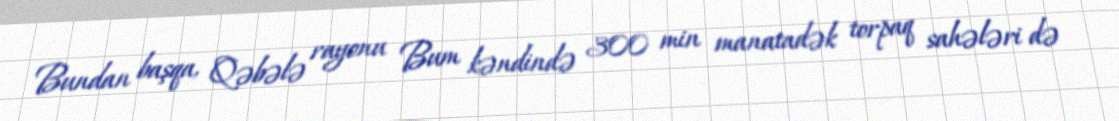
Bundan başqa, Qəbələ rayonu Bum kəndində 300 min manatadək torpaq sahələri də